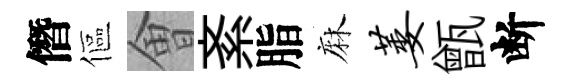
僭傴㑹紊脂麻萎甑断